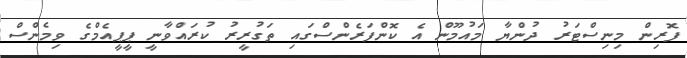
ފޮރިން މިނިސްޓަރު ދުންޔާ މައުމޫން އެ ކޮންފަރެންސްގައި ތަގުރީރު ކުރައްވާނީ ޕީޕީއެމްގެ ވިމެންސް